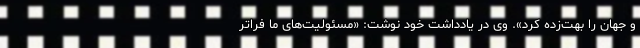
و جهان را بهت‌زده کرد». وی در یادداشت خود نوشت: «مسئولیت‌های ما فراتر